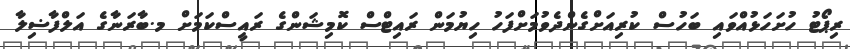
ރިޕޯޓު ހުށަހަޅުއްވައި ބަހުސް ކުރިއަށްގެންދެވުމަށްފަހު ހިޔުމަން ރައިޓްސް ކޮމިޝަންގެ ރައީސްކަމަށް މ.ބާރަނާގެ އަލްފާޟިލާ